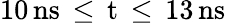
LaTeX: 10\, \mathrm{{ns}\, \leq\, t\, \leq\, 13\, \mathrm{{ns}}}